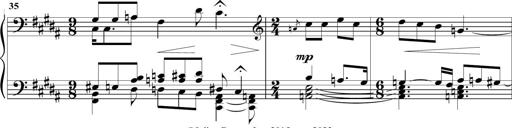
Title: Sonatine MÃ©lancolique
Composer: Julian Raoul Besset